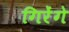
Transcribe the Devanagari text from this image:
गिरेंगे